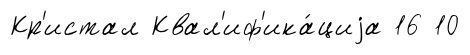
Кр'истал Квал'иф'ика́циjа 16 10